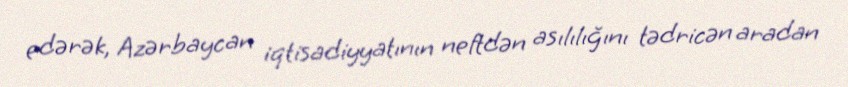
edərək, Azərbaycan iqtisadiyyatının neftdən asılılığını tədricən aradan